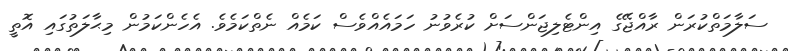
ސަލާމަތްކުރަން ރާއްޖޭގެ އިންޓެލިޖަންސަށް ކުރެވުނު ހަމައެއްވެސް ކަމެއް ނެތްކަމެވެ. އެހެންކަމުން މިޙާލަތުގައި އޮތީ